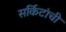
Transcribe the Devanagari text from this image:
सर्किटांची